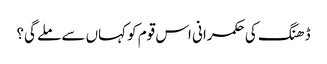
ڈھنگ کی حکمرانی اس قوم کو کہاں سے ملے گی؟